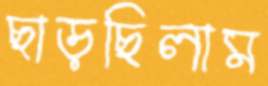
ছাড়ছিলাম